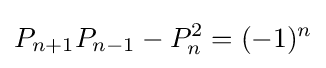
P_{n+1}P_{n-1}-P_{n}^{2}=(-1)^{n}